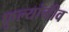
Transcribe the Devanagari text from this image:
फुल्यांनीव